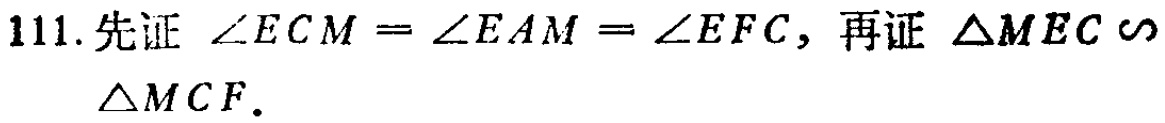
111. 先证 $\angle ECM = \angle EAM = \angle EFC$，再证 $\triangle MEC \sim$

$\triangle MCF.$